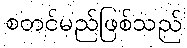
စတင်မည်ဖြစ်သည်